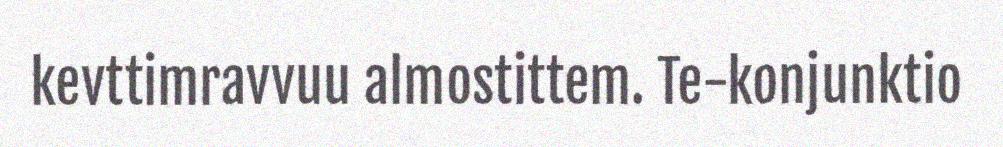
kevttimravvuu almostittem. Te-konjunktio